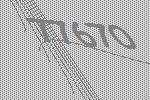
77670